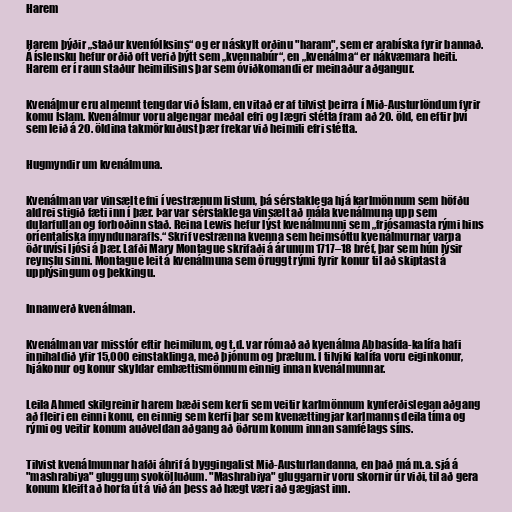
Harem

Harem þýðir „staður kvenfólksins“ og er náskylt orðinu "haram", sem er arabíska fyrir bannað.
Á íslensku hefur orðið oft verið þýtt sem „kvennabúr“, en „kvenálma“ er nákvæmara heiti.
Harem er í raun staður heimilisins þar sem óviðkomandi er meinaður aðgangur.

Kvenálmur eru almennt tengdar við Íslam, en vitað er af tilvist þeirra í Mið-Austurlöndum fyrir
komu Íslam. Kvenálmur voru algengar meðal efri og lægri stétta fram að 20. öld, en eftir því
sem leið á 20. öldina takmörkuðust þær frekar við heimili efri stétta.

Hugmyndir um kvenálmuna.

Kvenálman var vinsælt efni í vestrænum listum, þá sérstaklega hjá karlmönnum sem höfðu
aldrei stigið fæti inn í þær. Þar var sérstaklega vinsælt að mála kvenálmuna upp sem
dularfullan og forboðinn stað. Reina Lewis hefur lýst kvenálmunni sem „frjósamasta rými hins
oríentalíska ímyndunarafls.“ Skrif vestrænna kvenna sem heimsóttu kvenálmurnar varpa
öðruvísi ljósi á þær. Lafði Mary Montague skrifaði á árunum 1717–18 bréf, þar sem hún lýsir
reynslu sinni. Montague leit á kvenálmuna sem öruggt rými fyrir konur til að skiptast á
upplýsingum og þekkingu.

Innanverð kvenálman.

Kvenálman var misstór eftir heimilum, og t.d. var rómað að kvenálma Abbasída-kalífa hafi
innihaldið yfir 15,000 einstaklinga, með þjónum og þrælum. Í tilviki kalífa voru eiginkonur,
hjákonur og konur skyldar embættismönnum einnig innan kvenálmunnar.

Leila Ahmed skilgreinir harem bæði sem kerfi sem veitir karlmönnum kynferðislegan aðgang
að fleiri en einni konu, en einnig sem kerfi þar sem kvenættingjar karlmanns deila tíma og
rými og veitir konum auðveldan aðgang að öðrum konum innan samfélags síns.

Tilvist kvenálmunnar hafði áhrif á byggingalist Mið-Austurlandanna, en það má m.a. sjá á
"mashrabiya" gluggum svokölluðum. "Mashrabiya" gluggarnir voru skornir úr viði, til að gera
konum kleift að horfa út á við án þess að hægt væri að gægjast inn.